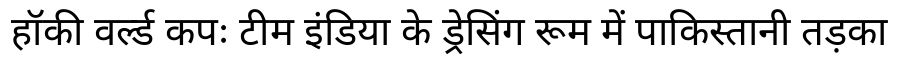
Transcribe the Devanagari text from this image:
हॉकी वर्ल्ड कपः टीम इंडिया के ड्रेसिंग रूम में पाकिस्तानी तड़का